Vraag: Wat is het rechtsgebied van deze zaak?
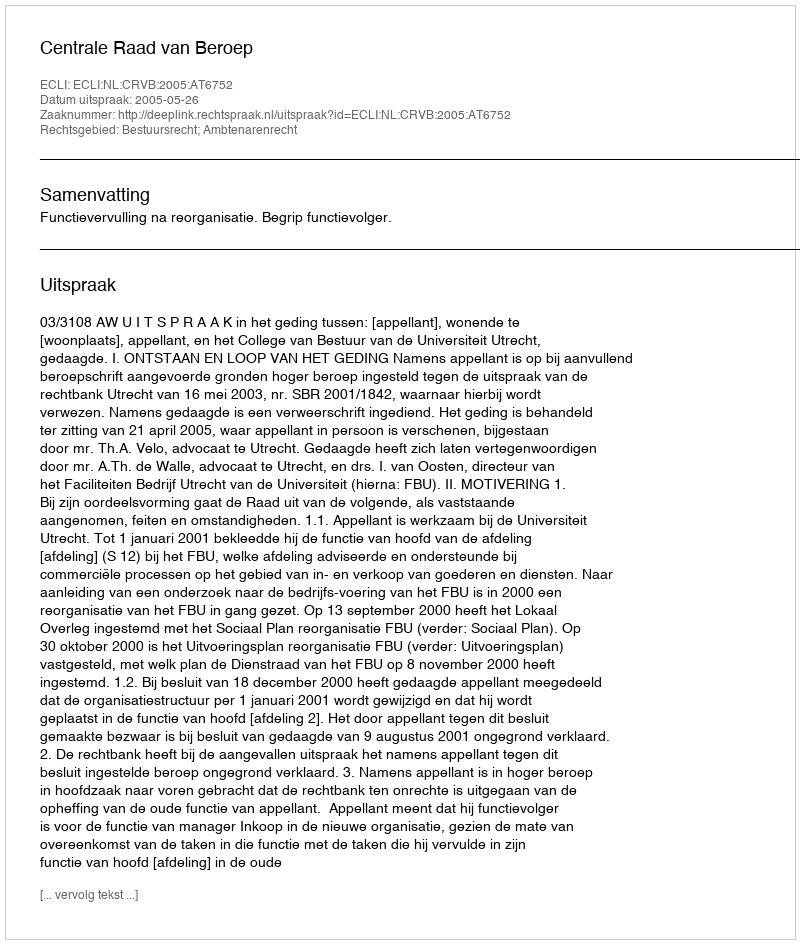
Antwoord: Bestuursrecht; Ambtenarenrecht